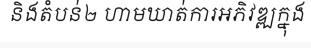
និងតំបន់២ ហាមឃាត់ការអភិវឌ្ឍក្នុង